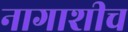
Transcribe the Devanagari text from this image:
नागाशीच